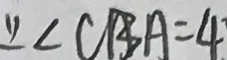
\because \angle C B A = 4